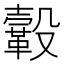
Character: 𩌊